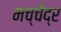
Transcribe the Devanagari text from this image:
मच्चेंद्र